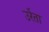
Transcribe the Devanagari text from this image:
उर्रेता